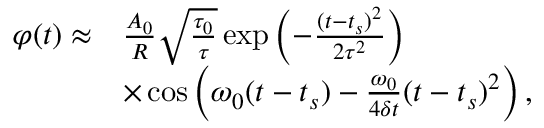
\begin{array} { r l } { \varphi ( t ) \approx } & { \frac { A _ { 0 } } { R } \sqrt { \frac { \tau _ { 0 } } { \tau } } \exp { \left( - \frac { ( t - t _ { s } ) ^ { 2 } } { 2 \tau ^ { 2 } } \right) } } \\ & { \times \cos { \left( \omega _ { 0 } ( t - t _ { s } ) - \frac { \omega _ { 0 } } { 4 \delta t } ( t - t _ { s } ) ^ { 2 } \right) } \, , } \end{array}